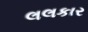
લલકાર